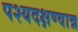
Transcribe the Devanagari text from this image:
पश्यदक्षण्वान्न